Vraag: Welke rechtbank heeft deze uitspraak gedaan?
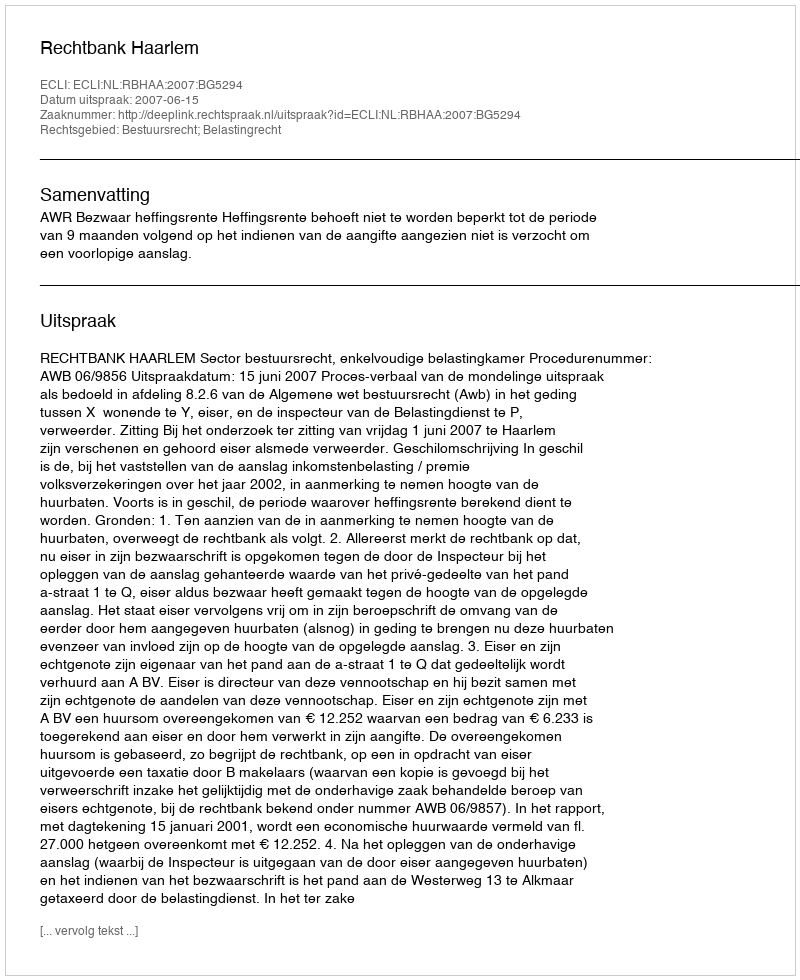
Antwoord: Rechtbank Haarlem